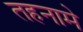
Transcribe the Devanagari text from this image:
तहनामे